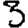
Digit: 3